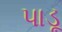
પાડૂ